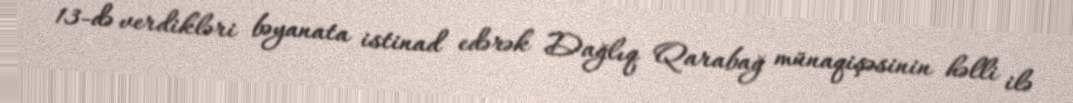
13-də verdikləri bəyanata istinad edərək Dağlıq Qarabağ münaqişəsinin həlli ilə